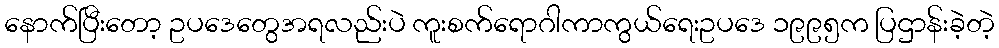
နောက်ပြီးတော့ ဥပဒေတွေအရလည်းပဲ ကူးစက်ရောဂါကာကွယ်ရေးဥပဒေ ၁၉၉၅က ပြဌာန်းခဲ့တဲ့